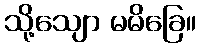
သို့သျော မမိခြေ။